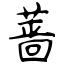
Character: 蔷